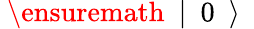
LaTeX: \mathrm{~\ensuremath~{~\vert~\mathrm{~0~}~\rangle~}~}